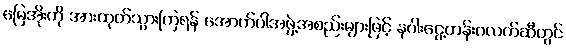
မြေအိုးကို အားထုတ်သွားကြရန် အောက်ပါအဖွဲ့အစည်းများဖြင့် နဂါးငွေ့တန်းဂလက်ဆီတွင်